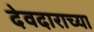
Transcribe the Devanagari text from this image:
देवदाराच्या